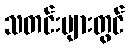
သတင်းများတွင်